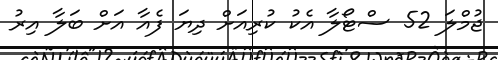
ޖުމްލަ 52 ސްޓޯލާ އެކު ކުރިއަށް ދިޔަ ފެއާ އަށް ބަލާ އިރު